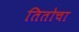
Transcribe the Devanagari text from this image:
तितोचा